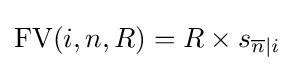
{\text{FV}}(i,n,R)=R\times s_{{\overline {n}}|i}